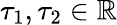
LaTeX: \tau_{1},\tau_{2}\in\mathbb{R}